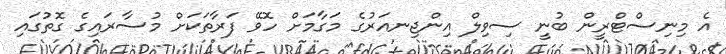
އެ މިނިސްޓްރީން ބުނީ ސިވިލް އިންޖިނއަރުގެ މަގާމަށް ހޮވޭ ފަރާތަކަށް މުސާރައިގެ ގޮތުގައި